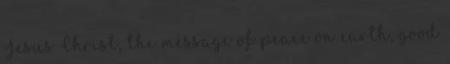
Jesus Christ, the message of peace on earth, good